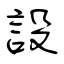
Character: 設